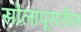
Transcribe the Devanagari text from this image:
सोलापूरातील